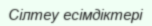
Сілтеу есімдіктері